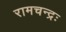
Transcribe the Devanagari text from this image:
रामचन्द्रः